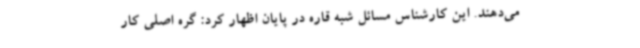
می‌دهند. این کارشناس مسائل شبه قاره در پایان اظهار کرد: گره اصلی کار